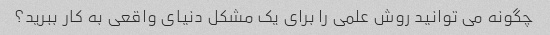
چگونه می توانید روش علمی را برای یک مشکل دنیای واقعی به کار ببرید؟